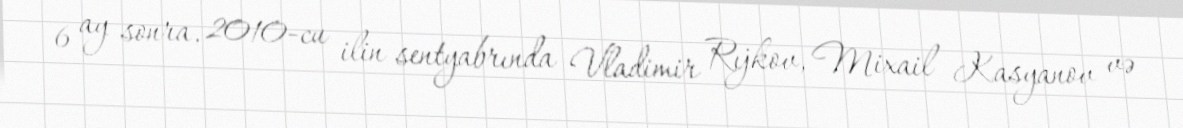
6 ay sonra, 2010-cu ilin sentyabrında Vladimir Rıjkov, Mixail Kasyanov və